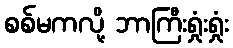
စစ်မကလို့ ဘာကြီးရှုံးရှုံး